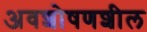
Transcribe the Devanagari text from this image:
अवशोषणशील